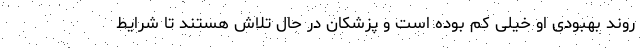
روند بهبودی او خیلی کم بوده است و پزشکان در حال تلاش هستند تا شرایط